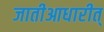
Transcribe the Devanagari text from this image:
जातीआधारीत्